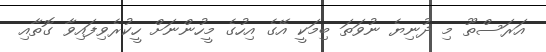
އަރަސްތޫ މި ދުނިޔެ ނުވަތަ ބިމަކީ އޭގެ އިހުގެ މީހުންނަށް ހީކުރެވިފައިވާ ގޮތާއި